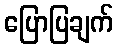
ပြောပြချက်